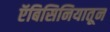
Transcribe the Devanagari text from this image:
ऍबिसिनियातून